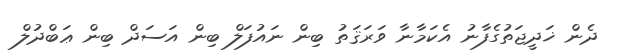
ދެން ޚަދީޖަތުގެފާނު އެކަމާނާ ވަރަޤަތު ބިން ނައުފަލް ބިން އަސަދް ބިން ޢަބްދުލް